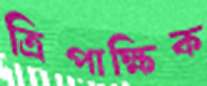
ত্রিপাক্ষিক